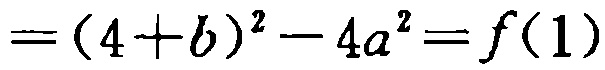
$=(4 + b)^2 - 4a^2 = f(1)$